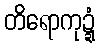
တိရောကုဍ္ဍံ